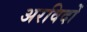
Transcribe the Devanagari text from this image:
अरविदों